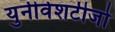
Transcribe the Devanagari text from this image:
युनीर्वशटीजो